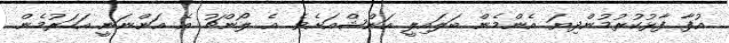
އުފާ ފާޅުކުރުމުންދިޔަ އެންމެން ބަލައިލީ އަންޝްއަށެވެ. އެ ލޯންޗު އެ އަންނަނީ އަހަރުމެން